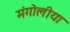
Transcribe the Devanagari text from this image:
मंगोलीया